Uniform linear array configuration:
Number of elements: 64
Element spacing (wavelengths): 0.75
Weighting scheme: exponential
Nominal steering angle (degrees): -15
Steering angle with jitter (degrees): -16.444
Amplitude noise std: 0.05
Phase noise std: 0.05

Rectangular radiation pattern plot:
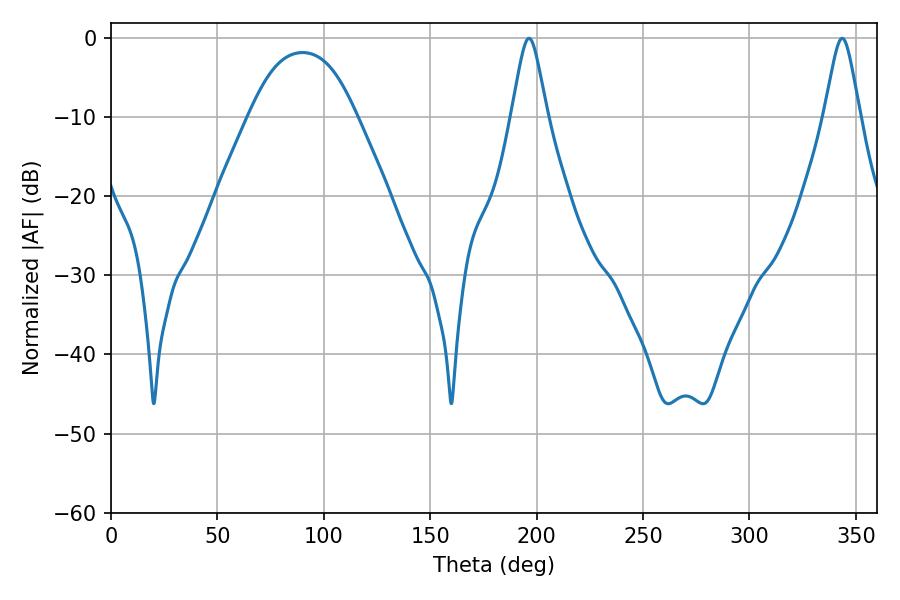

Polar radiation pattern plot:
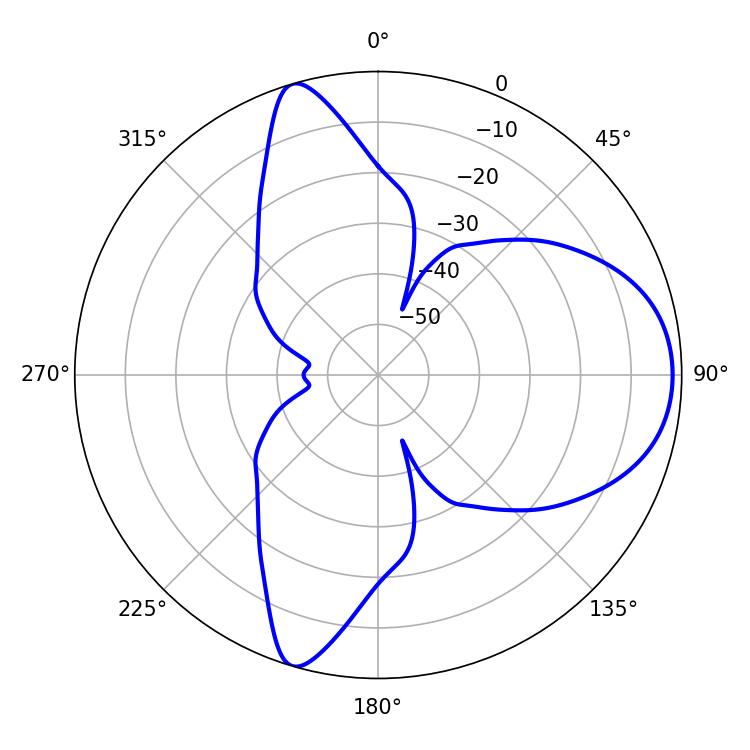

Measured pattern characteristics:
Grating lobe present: TRUE
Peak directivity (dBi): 8.38
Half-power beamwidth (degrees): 8.1
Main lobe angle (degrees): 196.38